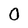
Character: 0